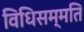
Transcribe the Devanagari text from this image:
विधिसम्मति